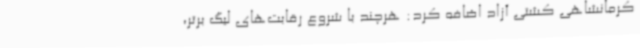
کرمانشاهی کشتی آزاد اضافه کرد: هرچند با شروع رقابت‌های لیگ برتر،